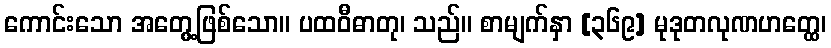
ကောင်းသော အတွေ့ဖြစ်သော။ ပထဝီဓာတု၊ သည်။ စာမျက်နှာ [၃၆၉] မုဒုတလုဏဟတ္ထေ၊